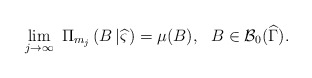
\begin{align*}\lim_{j\rightarrow \infty }~\Pi _{m_{j}}\left( B\left\vert \widehat{\varsigma }\right. \right) =\mu (B),\ \ B\in \mathcal{B}_{0}(\widehat{\Gamma}). \end{align*}